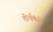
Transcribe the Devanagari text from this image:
तीर्थकंरो